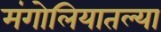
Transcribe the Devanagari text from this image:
मंगोलियातल्या